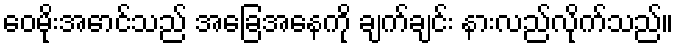
ဝေမိုးအောင်သည် အခြေအနေကို ချက်ချင်း နားလည်လိုက်သည်။